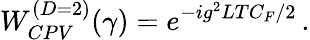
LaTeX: W_{CPV}^{(D=2)}(\gamma)=e^{-ig^{2}LTC_{F}/2}\, .